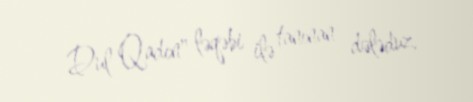
Dul Qadın" ləqəbi ilə tanınan dələduz.